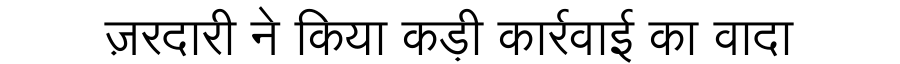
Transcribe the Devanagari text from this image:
ज़रदारी ने किया कड़ी कार्रवाई का वादा